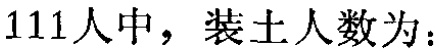
111人中，装土人数为：